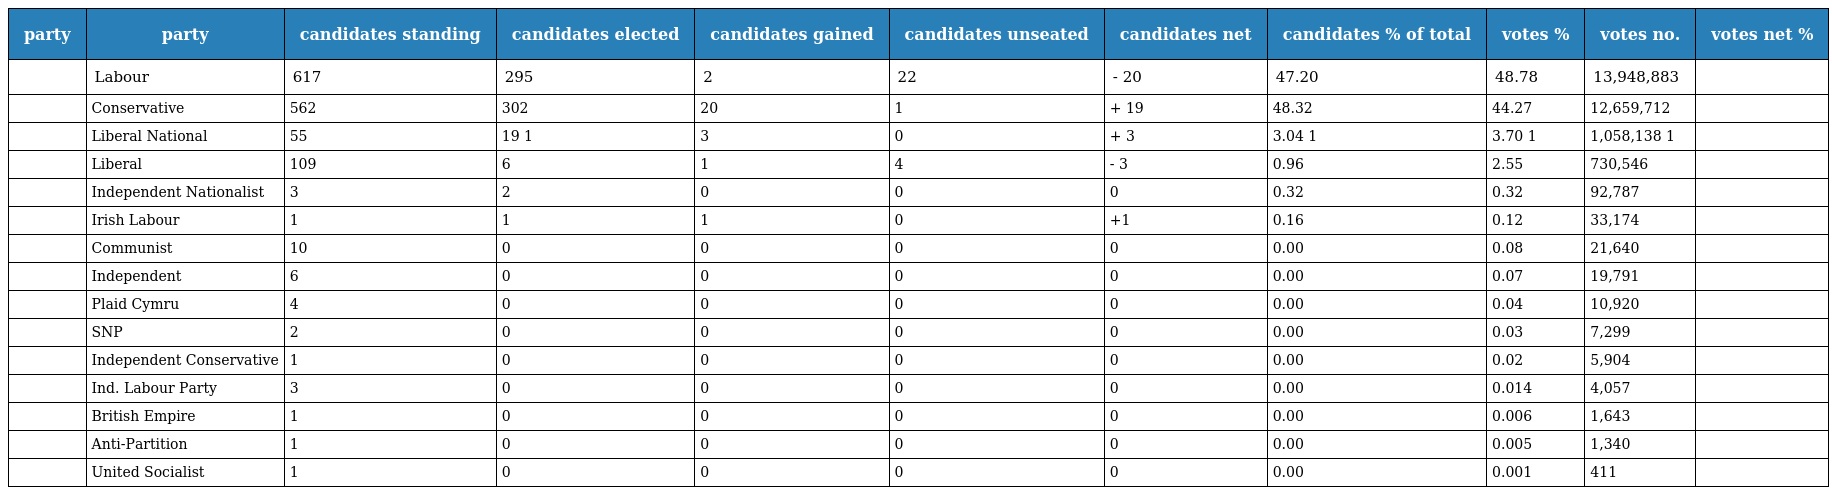
| party | party | candidates standing | candidates elected | candidates gained | candidates unseated | candidates net | candidates % of total | votes % | votes no. | votes net % |
 | --- | --- | --- | --- | --- | --- | --- | --- | --- | --- | --- |
 |  | Labour | 617 | 295 | 2 | 22 | - 20 | 47.20 | 48.78 | 13,948,883 |  |
 |  | Conservative | 562 | 302 | 20 | 1 | + 19 | 48.32 | 44.27 | 12,659,712 |  |
 |  | Liberal National | 55 | 19 1 | 3 | 0 | + 3 | 3.04 1 | 3.70 1 | 1,058,138 1 |  |
 |  | Liberal | 109 | 6 | 1 | 4 | - 3 | 0.96 | 2.55 | 730,546 |  |
 |  | Independent Nationalist | 3 | 2 | 0 | 0 | 0 | 0.32 | 0.32 | 92,787 |  |
 |  | Irish Labour | 1 | 1 | 1 | 0 | +1 | 0.16 | 0.12 | 33,174 |  |
 |  | Communist | 10 | 0 | 0 | 0 | 0 | 0.00 | 0.08 | 21,640 |  |
 |  | Independent | 6 | 0 | 0 | 0 | 0 | 0.00 | 0.07 | 19,791 |  |
 |  | Plaid Cymru | 4 | 0 | 0 | 0 | 0 | 0.00 | 0.04 | 10,920 |  |
 |  | SNP | 2 | 0 | 0 | 0 | 0 | 0.00 | 0.03 | 7,299 |  |
 |  | Independent Conservative | 1 | 0 | 0 | 0 | 0 | 0.00 | 0.02 | 5,904 |  |
 |  | Ind. Labour Party | 3 | 0 | 0 | 0 | 0 | 0.00 | 0.014 | 4,057 |  |
 |  | British Empire | 1 | 0 | 0 | 0 | 0 | 0.00 | 0.006 | 1,643 |  |
 |  | Anti-Partition | 1 | 0 | 0 | 0 | 0 | 0.00 | 0.005 | 1,340 |  |
 |  | United Socialist | 1 | 0 | 0 | 0 | 0 | 0.00 | 0.001 | 411 |  |